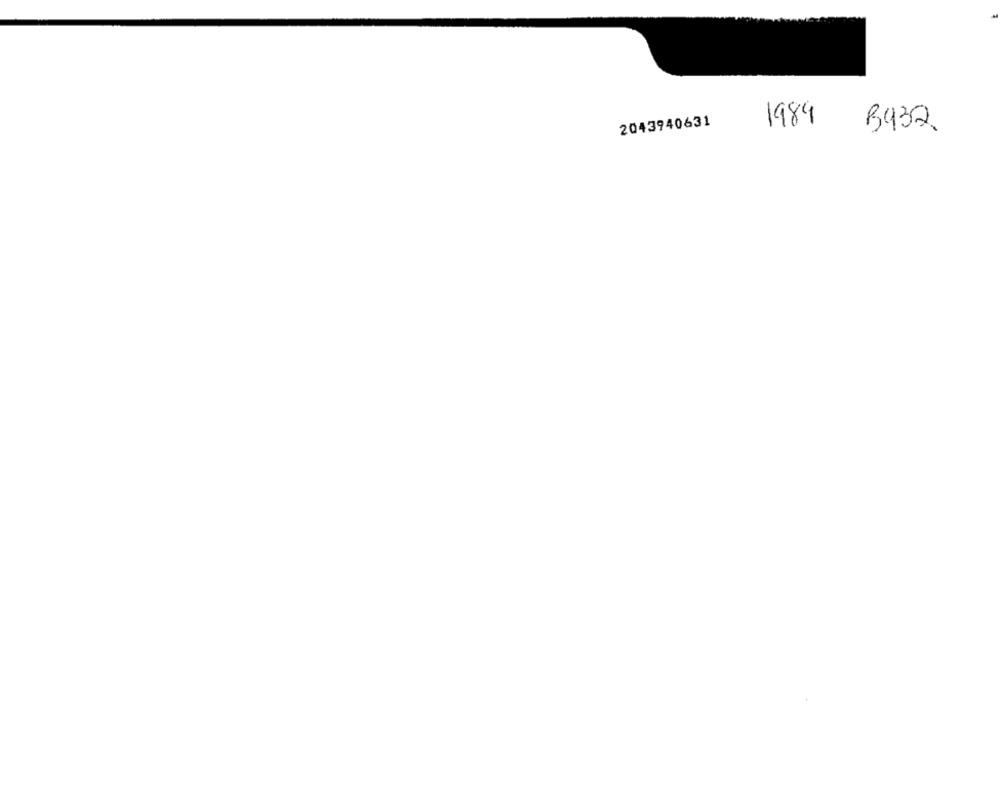
2043940631
1989
B432